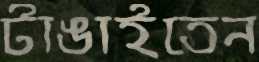
টাঙাইতেন